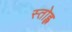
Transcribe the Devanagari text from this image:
स्तोह्ल